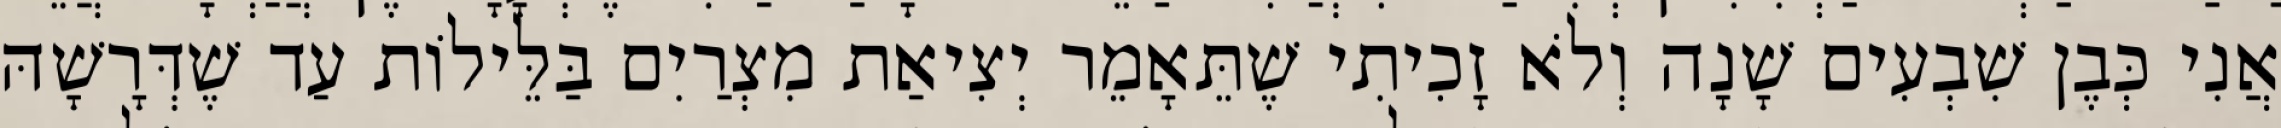
אֲנִי כְּבֶן שִׁבְעִים שָׁנָה וְלֹא זָכִיתִי שֶׁתֵּאָמֵר יְצִיאַת מִצְרַיִם בַּלֵּילוֹת עַד שֶׁדְּרָשָׁהּ